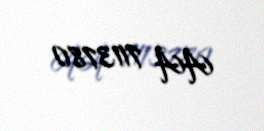
AA 7113780